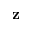
\mathbf { z }